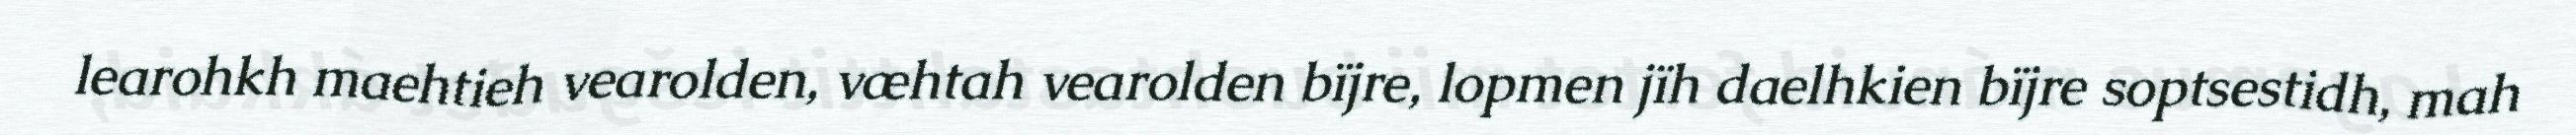
learohkh maehtieh vearolden, væhtah vearolden bïjre, lopmen jïh daelhkien bïjre soptsestidh, mah